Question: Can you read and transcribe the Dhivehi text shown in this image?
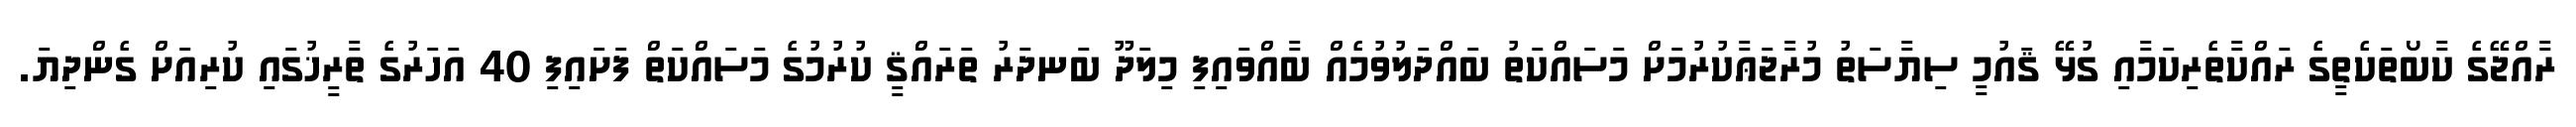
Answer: ރާއްޖޭގެ ކާބޯތަކެތީގެ ރައްކާތެރިކަމާއި ގުޅޭ ޤައުމީ ސިޔާސަތު މުރާޖަޢާކުރުމަށް މަސައްކަތު ބައްދަލުވުމެއް ބާއްވައިފި މިލަދޫ ބަނދަރު ތަރައްޤީ ކުރުމުގެ މަސައްކަތް ފަށައިފި 40 އަހަރުގެ ތާރީޚުގައި ކުރިއަށް ގެންދިޔަ.